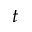
t